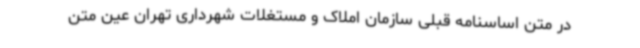
در متن اساسنامه قبلی سازمان املاک و مستغلات شهرداری تهران عین متن